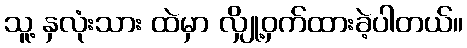
သူ့ နှလုံးသား ထဲမှာ လျှို့ဝှက်ထားခဲ့ပါတယ်။